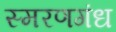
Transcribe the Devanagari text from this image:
स्मरणगंध